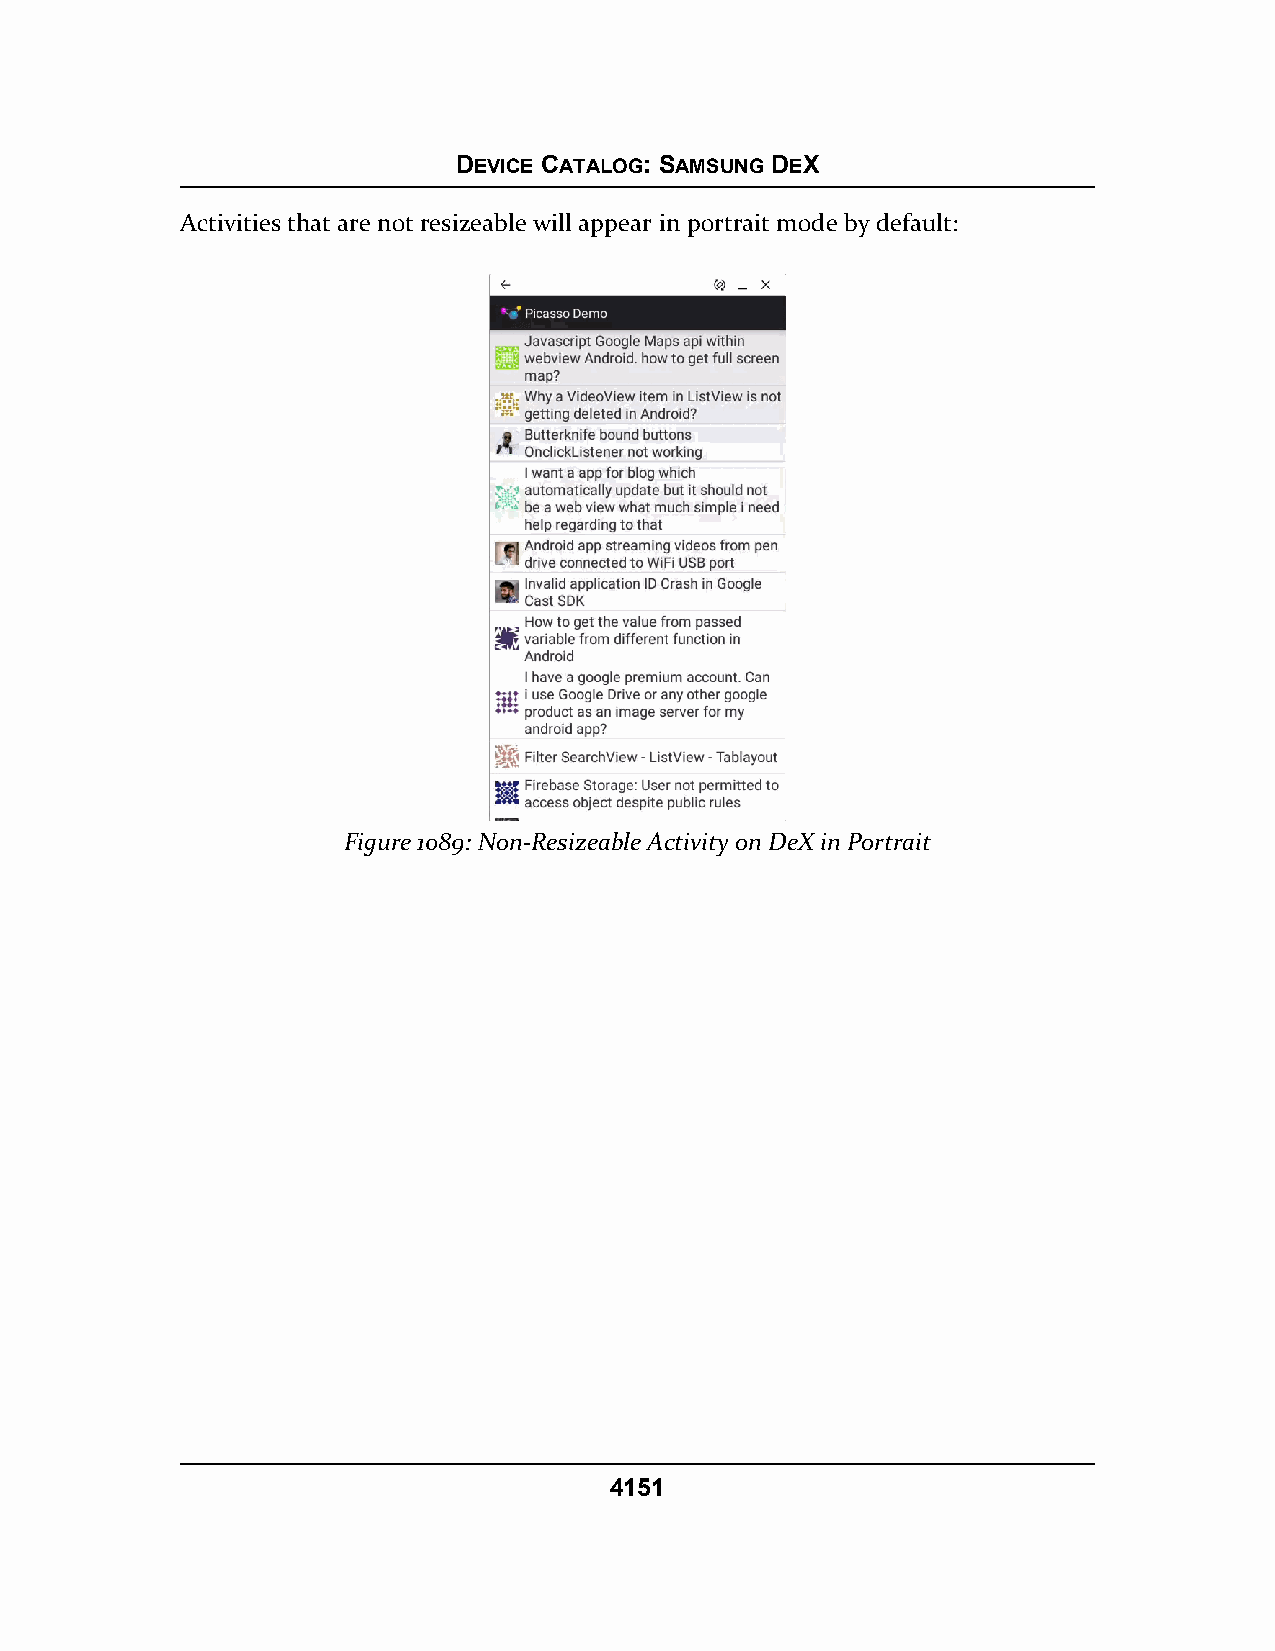
DEVICE CATALOG: SAMSUNG DEX
 Activities that are not resizeable will appear in portrait mode by default:
 Figure 1089: Non-Resizeable Activity on DeX in Portrait
 4151